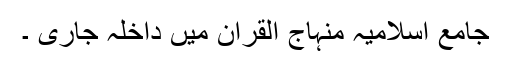
جامع اسلامیہ منہاج القران میں داخلہ جاری ۔